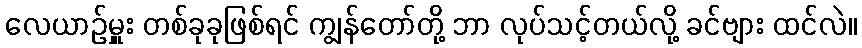
လေယာဉ်မှူး တစ်ခုခုဖြစ်ရင် ကျွန်တော်တို့ ဘာ လုပ်သင့်တယ်လို့ ခင်ဗျား ထင်လဲ။